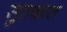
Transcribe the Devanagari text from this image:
सुतकात